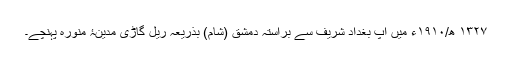
۱۳۲۷ ھ/۱۹۱۰ء میں آپ بغداد شریف سے براستہ دمشق (شام) بذریعہ ریل گاڑی مدینۂ منورہ پہنچے۔